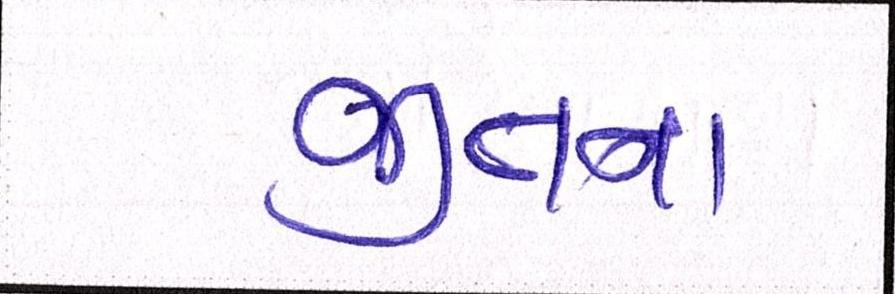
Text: જીતના